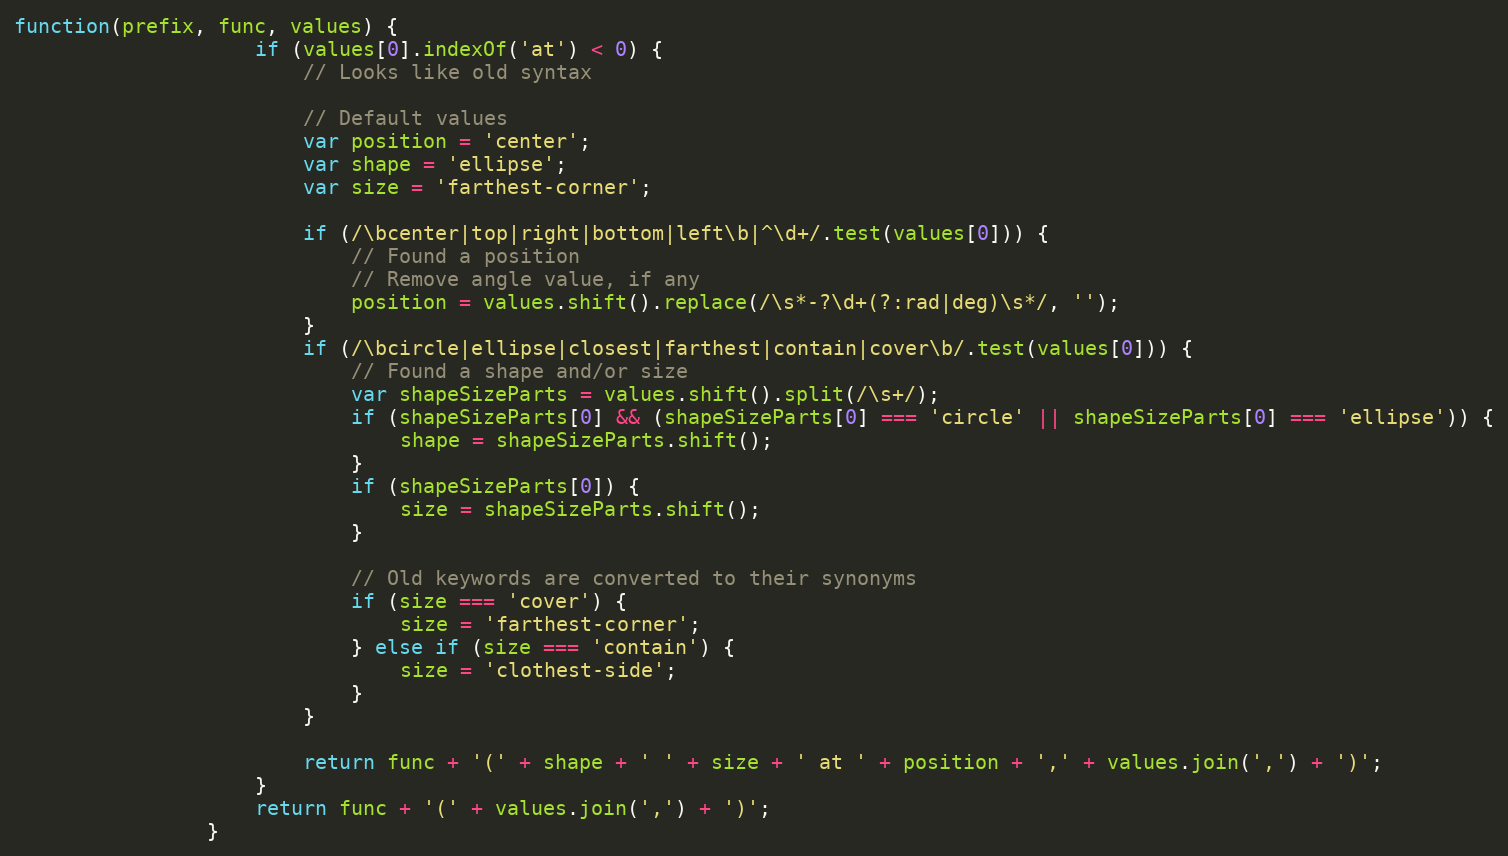
Language: JavaScript
function(prefix, func, values) {
					if (values[0].indexOf('at') < 0) {
						// Looks like old syntax

						// Default values
						var position = 'center';
						var shape = 'ellipse';
						var size = 'farthest-corner';

						if (/\bcenter|top|right|bottom|left\b|^\d+/.test(values[0])) {
							// Found a position
							// Remove angle value, if any
							position = values.shift().replace(/\s*-?\d+(?:rad|deg)\s*/, '');
						}
						if (/\bcircle|ellipse|closest|farthest|contain|cover\b/.test(values[0])) {
							// Found a shape and/or size
							var shapeSizeParts = values.shift().split(/\s+/);
							if (shapeSizeParts[0] && (shapeSizeParts[0] === 'circle' || shapeSizeParts[0] === 'ellipse')) {
								shape = shapeSizeParts.shift();
							}
							if (shapeSizeParts[0]) {
								size = shapeSizeParts.shift();
							}

							// Old keywords are converted to their synonyms
							if (size === 'cover') {
								size = 'farthest-corner';
							} else if (size === 'contain') {
								size = 'clothest-side';
							}
						}

						return func + '(' + shape + ' ' + size + ' at ' + position + ',' + values.join(',') + ')';
					}
					return func + '(' + values.join(',') + ')';
				}